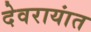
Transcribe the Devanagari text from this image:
देवरायांत